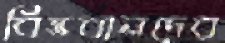
বিত্তবানদের